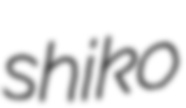
shiko